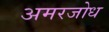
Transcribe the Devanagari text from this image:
अमरजोध